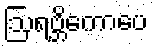
ဩရဗ္ဘိကောပေ